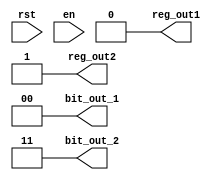
`timescale 1ns / 1ps
//////////////////////////////////////////////////////////////////////////////////
// Company: 
// Engineer: 
// 
// Design Name: 
// Module Name: state00
// Project Name: 
// Target Devices: 
// Tool Versions: 
// Description: 
// 
// Dependencies: 
// 
// Revision:
// Revision 0.01 - File Created
// Additional Comments:
// 
//////////////////////////////////////////////////////////////////////////////////


module state00(
input rst,
input en,
output [1:0] bit_out_1,
output [1:0] bit_out_2,
output reg_out1,
output reg_out2
    );
assign bit_out_1 = 2'b00;
assign bit_out_2 = 2'b11;
assign reg_out1 = 0;
assign reg_out2 = 1;
endmodule